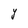
Character: Y